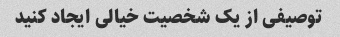
توصیفی از یک شخصیت خیالی ایجاد کنید